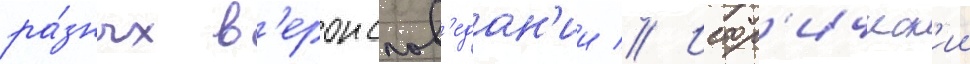
ра́зных в'ероиспов'едан'ии // Истор'ическ'ии